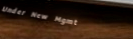
Under New Mgmt